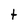
Character: t